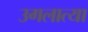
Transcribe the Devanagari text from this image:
उगलात्या